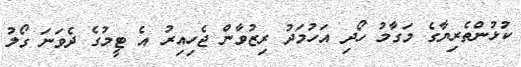
ކުޅުންތެރިޔާގެ މަގާމު ހޯދި އަހުމަދު ރިޒުވާން ޖެހިއިރު އެ ޓީމުގެ ދެވަނަ ގޯލު